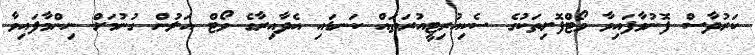
ކަރުދާސް ފޮނުވާފައިވާ ވޯޓްފޮށިތަކުގެ ސެކިއުރިޓީއުރަތައް ކަނޑައި އެދާއިރާގެ ވޯޓް އަލުން ގުނުމަށް ނިންމާފައިވާ